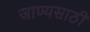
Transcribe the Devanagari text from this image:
जाण्यसाठी